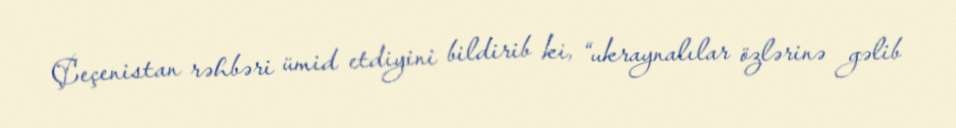
Çeçenistan rəhbəri ümid etdiyini bildirib ki, “ukraynalılar özlərinə gəlib